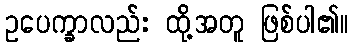
ဥပေက္ခာလည်း ထို့အတူ ဖြစ်ပါ၏။